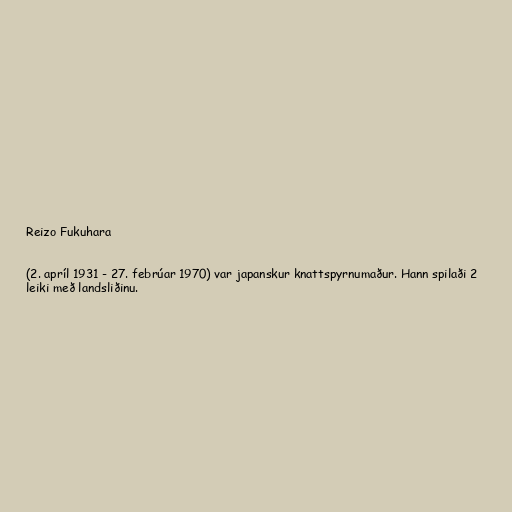
Reizo Fukuhara

(2. apríl 1931 - 27. febrúar 1970) var japanskur knattspyrnumaður. Hann spilaði 2
leiki með landsliðinu.